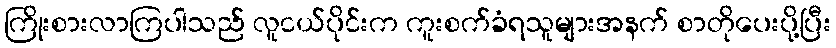
ကြိုးစားလာကြပါသည် လူငယ်ပိုင်းက ကူးစက်ခံရသူများအနက် စာတိုပေးပို့ပြီး